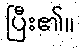
ပြီး၏။